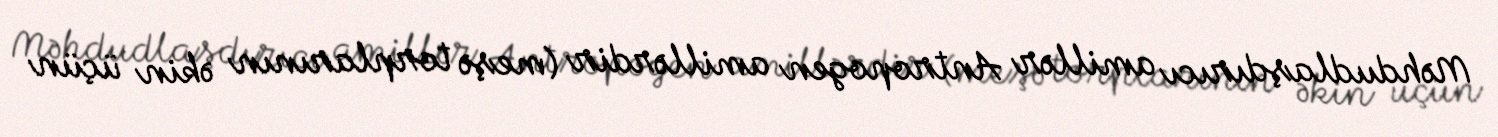
Məhdudlaşdırıcı amillər Antropogen amillərdir (meşə torplarının əkin üçün